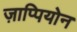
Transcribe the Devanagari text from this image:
ज़ाप्पियोन